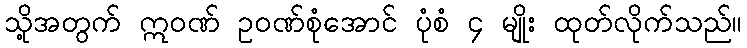
သို့အတွက် ဣဝဏ် ဥဝဏ်စုံအောင် ပုံစံ ၄ မျိုး ထုတ်လိုက်သည်။